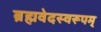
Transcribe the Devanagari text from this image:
ब्रह्मवेदस्वरूपम्